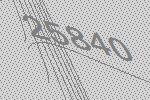
25840